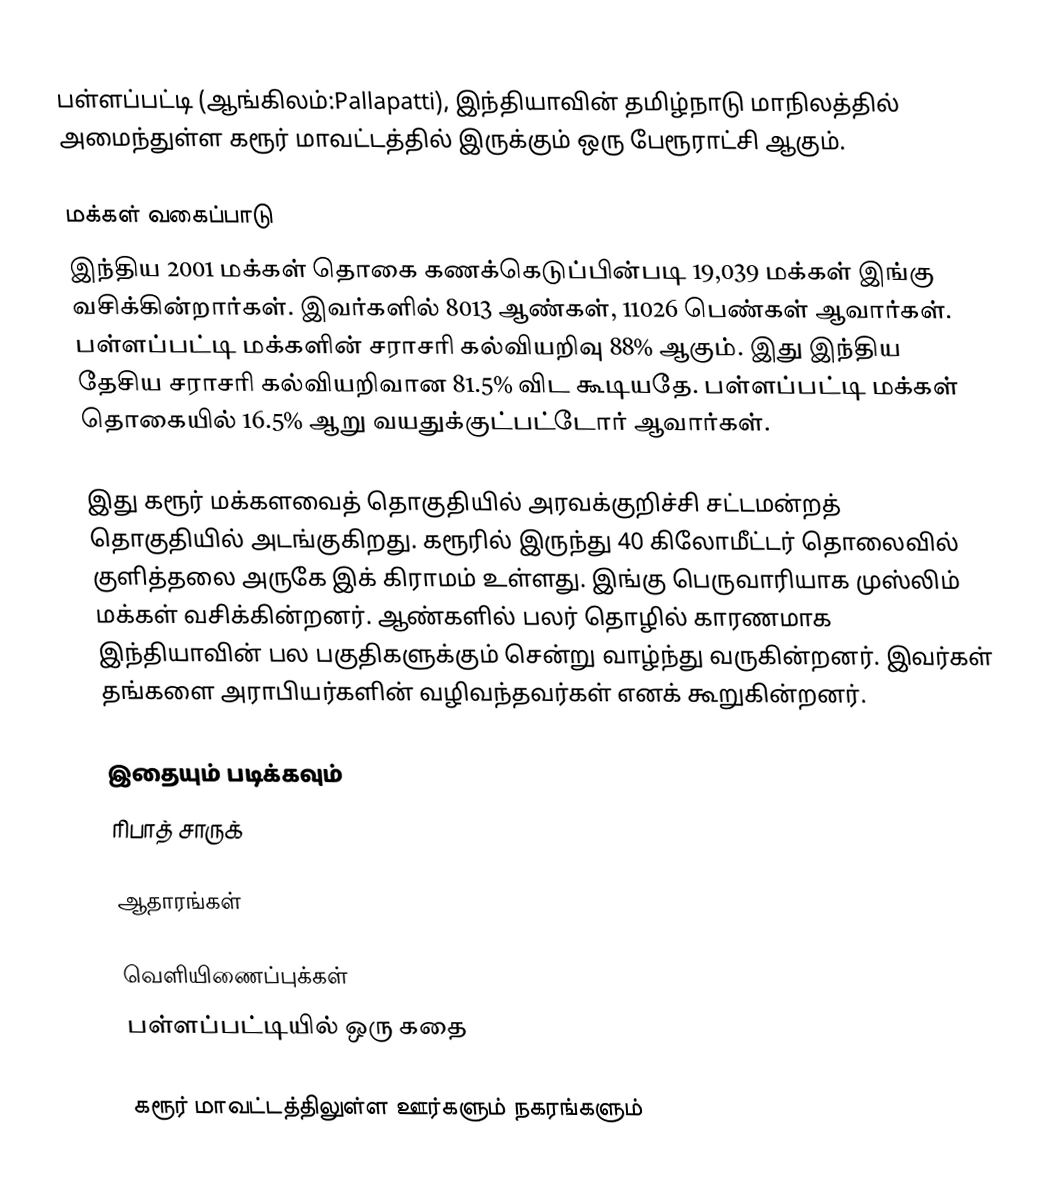
பள்ளப்பட்டி (ஆங்கிலம்:Pallapatti), இந்தியாவின் தமிழ்நாடு மாநிலத்தில் அமைந்துள்ள கரூர் மாவட்டத்தில் இருக்கும் ஒரு பேரூராட்சி ஆகும்.

மக்கள் வகைப்பாடு
இந்திய 2001 மக்கள் தொகை கணக்கெடுப்பின்படி 19,039 மக்கள் இங்கு வசிக்கின்றார்கள். இவர்களில் 8013 ஆண்கள்,  11026 பெண்கள் ஆவார்கள். பள்ளப்பட்டி மக்களின் சராசரி கல்வியறிவு 88% ஆகும். இது இந்திய தேசிய சராசரி கல்வியறிவான 81.5% விட கூடியதே. பள்ளப்பட்டி மக்கள் தொகையில் 16.5%  ஆறு வயதுக்குட்பட்டோர் ஆவார்கள்.

இது கரூர் மக்களவைத் தொகுதியில் அரவக்குறிச்சி சட்டமன்றத் தொகுதியில் அடங்குகிறது. கரூரில் இருந்து 40 கிலோமீட்டர் தொலைவில் குளித்தலை அருகே இக் கிராமம் உள்ளது. இங்கு பெருவாரியாக முஸ்லிம் மக்கள் வசிக்கின்றனர். ஆண்களில் பலர் தொழில் காரணமாக இந்தியாவின் பல பகுதிகளுக்கும் சென்று வாழ்ந்து வருகின்றனர். இவர்கள் தங்களை அராபியர்களின் வழிவந்தவர்கள் எனக் கூறுகின்றனர்.

இதையும் படிக்கவும்
ரிபாத் சாருக்

ஆதாரங்கள்

வெளியிணைப்புக்கள்
 பள்ளப்பட்டியில் ஒரு கதை

கரூர் மாவட்டத்திலுள்ள ஊர்களும் நகரங்களும்